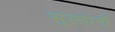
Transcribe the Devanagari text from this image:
सुल्तानॉ